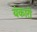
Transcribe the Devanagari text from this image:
यंकारी